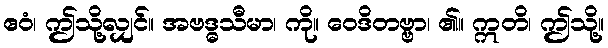
ဧဝံ၊ ဤသို့လျှင်။ အဗဒ္ဓသီမာ၊ ကို။ ဝေဒိတဗ္ဗာ၊ ၏။ ဣတိ၊ ဤသို့။